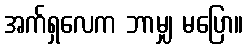
အက်ရှလေက ဘာမျှ မပြော။